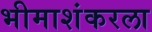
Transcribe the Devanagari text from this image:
भीमाशंकरला